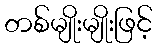
တစ်မျိုးမျိုးဖြင့်